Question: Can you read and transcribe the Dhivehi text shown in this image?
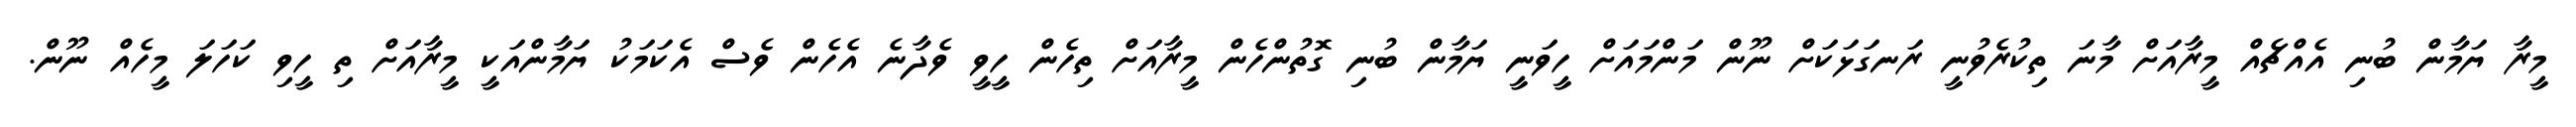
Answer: މީރާ ޔަމާން ބުނި އެއްޗެއް މީރާއަށް މާނަ ތިކުރެވުނީ ރަނގަޅަކަށް ނޫން މަންމައަށް ހީވަނީ ޔަމާން ބުނި ގޮތުންހެން މީރާއަށް ތިހެން ހީވީ ވެދާނެ އެހެން ވެސް އެކަމަކު ޔަމާންއަކީ މީރާއަށް ތި ހީވި ކަހަލަ މީހެއް ނޫން.